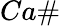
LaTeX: Ca\#